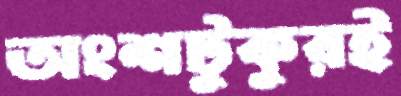
অংশটুকুরই